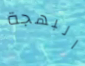
البهجة